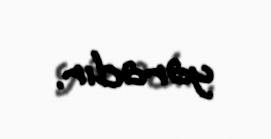
yaradır.